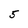
Character: 5